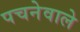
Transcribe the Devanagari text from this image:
पचनेवाले